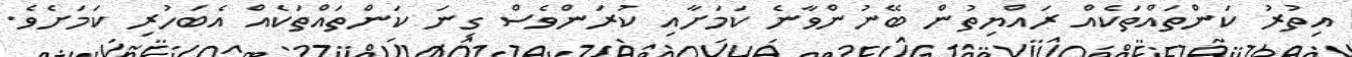
އިތުރު ކަންތައްތަކެއް ރައްޔިތުން ބޭނުންވާނެ ކަމަށާއި ކުރަންވެސް ގިނަ ކަންތައްތަކެއް އެބަހުރި ކަމަށެވެ.